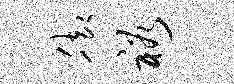
脚裕